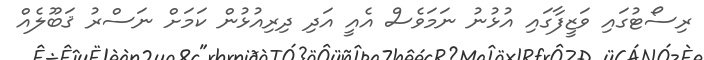
ރިސޯޓުގައި ވަޒީފާގައި އުޅުނު ނަމަވެސް އެއީ އަދި ދިރިއުޅުން ކަމަށް ނަސްރު ޤަބޫލެއް